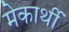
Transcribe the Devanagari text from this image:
मेकार्थी